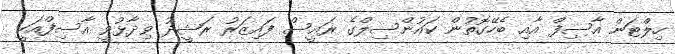
ހިލްޓަން އާސިފް އާއި ބެހޭގޮތުން ކައުންސިލްގެ ރައީސް ފައިޒަރު ރަޝީދު ވިދާޅުވީ އާސިފްއަކީ